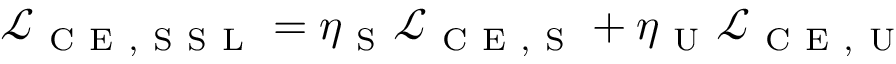
\mathcal { L } _ { \mathrm { ~ C ~ E ~ , ~ S ~ S ~ L ~ } } = \eta _ { \mathrm { ~ S ~ } } \mathcal { L } _ { \mathrm { ~ C ~ E ~ , ~ S ~ } } + \eta _ { \mathrm { ~ U ~ } } \mathcal { L } _ { \mathrm { ~ C ~ E ~ , ~ U ~ } }